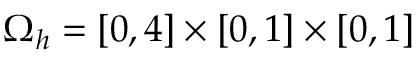
\Omega _ { h } = \left[ 0 , 4 \right] \times \left[ 0 , 1 \right] \times \left[ 0 , 1 \right]